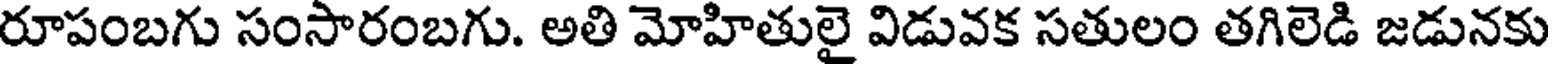
రూపంబగు సంసారంబగు. అతి మోహితులై విడువక సతులం తగిలెడి జడునకు